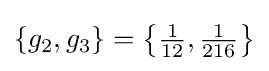
\{g_{2},g_{3}\}=\left\{{\tfrac {1}{12}},{\tfrac {1}{216}}\right\}